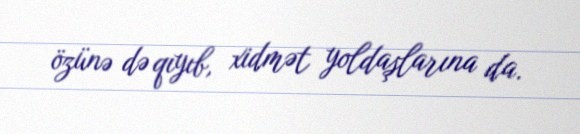
özünə də qıyıb, xidmət yoldaşlarına da.